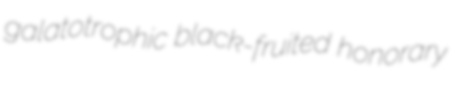
galatotrophic black-fruited honorary